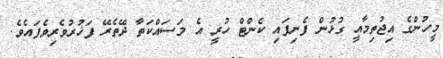
މީހުންގެ އިޖުތިމާއީ ގުޅުން ފެނިފައި ކެންޓް ހުރީ އެ މަސައްކަތާ ދޭތެރޭ ފަޚުރުވެރިވެފައެވެ.